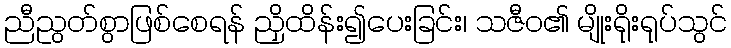
ညီညွတ်စွာဖြစ်စေရန် ညှိထိန်း၍ပေးခြင်း၊ သဇီဝ၏ မျိုးရိုးရုပ်သွင်